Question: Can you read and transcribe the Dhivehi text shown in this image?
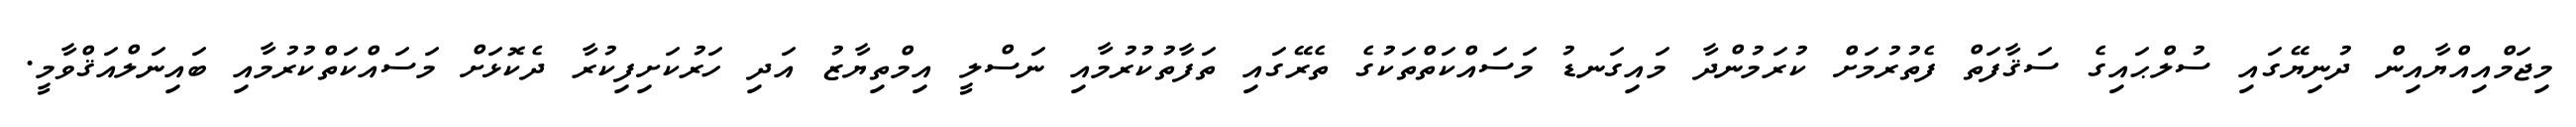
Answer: މިޖަމްއިއްޔާއިން ދުނިޔޭގައި ސުލްޙައިގެ ސަޤާފަތް ފެތުރުމަށް ކުރަމުންދާ މައިގަނޑު މަސައްކަތްތަކުގެ ތެރޭގައި ތަފާތުކުރުމާއި ނަސްލީ އިމްތިޔާޒު އަދި ހަރުކަށިފިކުރާ ދެކޮޅަށް މަސައްކަތްކުރުމާއި ބައިނަލްއަޤްވާމީ.